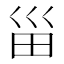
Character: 甾